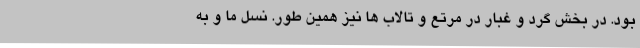
بود. در بخش گرد و غبار در مرتع و تالاب ها نیز همین طور. نسل ما و به